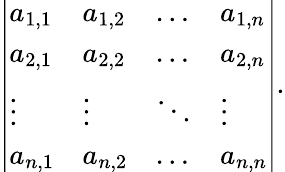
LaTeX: {\left|\begin{array}{llll}{a_{1,1}}&{a_{1,2}}&{\dots}&{a_{1,n}}\\ {a_{2,1}}&{a_{2,2}}&{\dots}&{a_{2,n}}\\ {\vdots}&{\vdots}&{\ddots}&{\vdots}\\ {a_{n,1}}&{a_{n,2}}&{\dots}&{a_{n,n}}\end{array}\right|}.